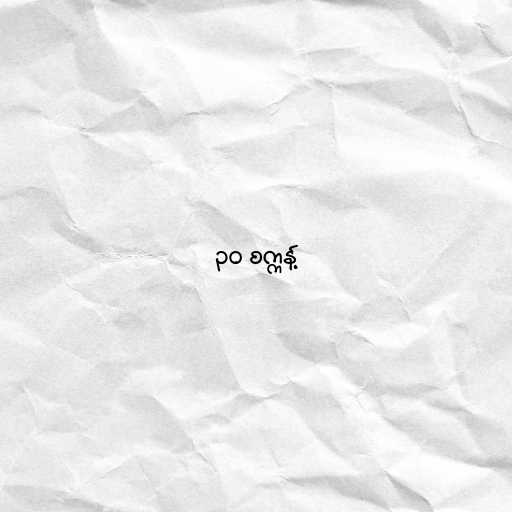
၃၀ စက္ကန့်